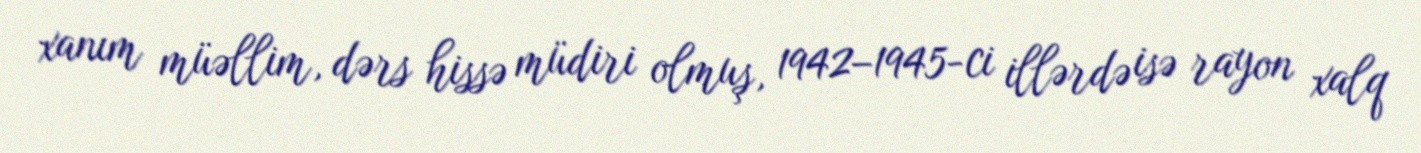
xanım müəllim, dərs hissə müdiri olmuş, 1942–1945-ci illərdə isə rayon xalq